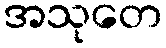
အသုတေ